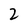
Character: 2